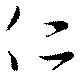
仁